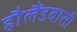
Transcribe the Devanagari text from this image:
हौलैंडवासी